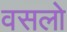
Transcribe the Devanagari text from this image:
वसलो